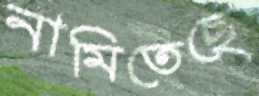
নামিতেছে